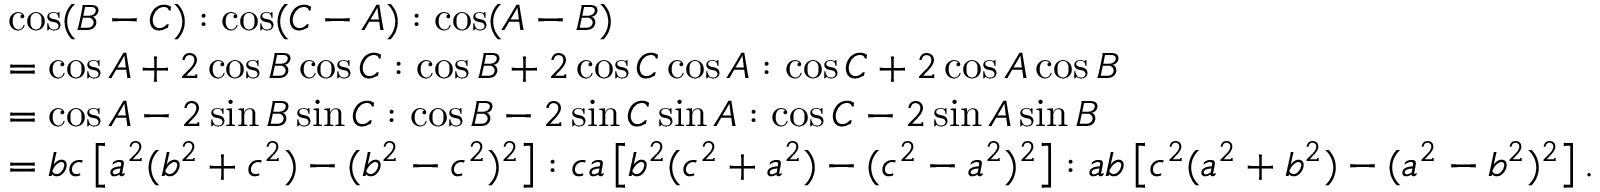
{ \begin{array} { r l } & { \cos ( B - C ) : \cos ( C - A ) : \cos ( A - B ) } \\ & { = \cos A + 2 \cos B \cos C : \cos B + 2 \cos C \cos A : \cos C + 2 \cos A \cos B } \\ & { = \cos A - 2 \sin B \sin C : \cos B - 2 \sin C \sin A : \cos C - 2 \sin A \sin B } \\ & { = b c \left[ a ^ { 2 } ( b ^ { 2 } + c ^ { 2 } ) - ( b ^ { 2 } - c ^ { 2 } ) ^ { 2 } \right] : c a \left[ b ^ { 2 } ( c ^ { 2 } + a ^ { 2 } ) - ( c ^ { 2 } - a ^ { 2 } ) ^ { 2 } \right] : a b \left[ c ^ { 2 } ( a ^ { 2 } + b ^ { 2 } ) - ( a ^ { 2 } - b ^ { 2 } ) ^ { 2 } \right] . } \end{array} }